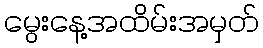
မွေးနေ့အထိမ်းအမှတ်